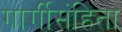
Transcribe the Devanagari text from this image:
गार्गीसंहिता